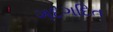
ગદગદિત